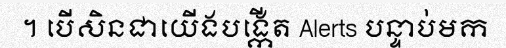
។ បើសិនជាយើងបង្កើត Alerts បន្ទាប់មក